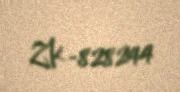
ZK-828244